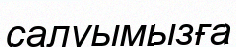
салуымызға